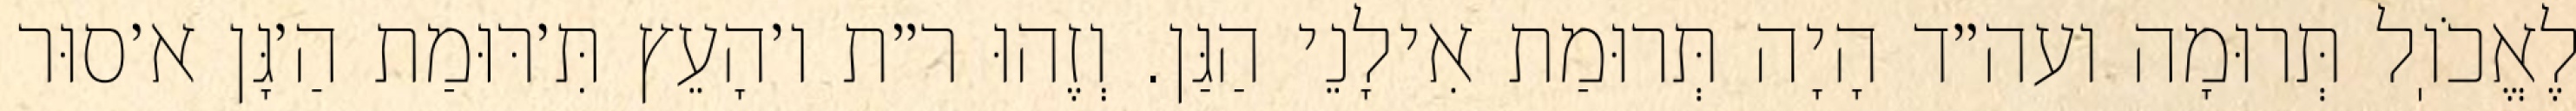
לֶאֱכֹוֽל תְּרוּמָה ועה״ד הָיָה תְּרוּמַת אִילָנֵי הַגַּן. וְזֶהוּ ר״ת ו׳הָעֵץ תִּ׳רּוּמַת הַ׳גָּן א׳סוּר